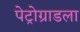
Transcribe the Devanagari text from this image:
पेट्रोग्राडला